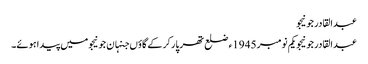
عبدالقادر جونیجو
عبدالقادر جونیجو یکم نومبر 1945ء ضلع تھرپارکر کے گاؤں جنہان جونیجو میں پیدا ہوئے۔